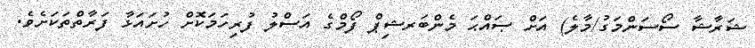
ޝަރާޝާ ސޯސަންމަގު/މާލެ) އަށް ޞައްޙަ މެންބަރޝިޕް ފޯމްގެ އަސްލު ފުރިހަމަކޮށް ހުށައަޅާ ފަރާތްތަކަށެވެ.